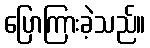
ပြောကြားခဲ့သည်။